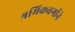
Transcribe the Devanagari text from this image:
श्रमिकवर्गाने